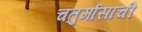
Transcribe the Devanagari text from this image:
चतुर्मासाची